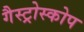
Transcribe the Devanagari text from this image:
गैस्ट्रोस्कोप